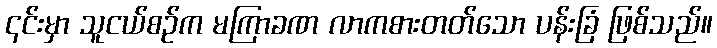
၎င်းမှာ သူငယ်စဉ်က မကြာခဏ လာကစားတတ်သော ပန်းခြံ ဖြစ်သည်။